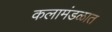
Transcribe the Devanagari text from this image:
कलामंडळात